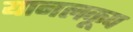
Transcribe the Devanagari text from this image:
यानलकूप